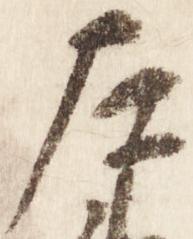
左